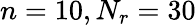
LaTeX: n=10,N_{r}=30